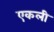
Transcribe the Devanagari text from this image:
एकली